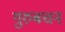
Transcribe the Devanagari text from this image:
गुरुबचन